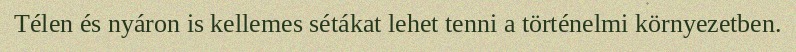
Télen és nyáron is kellemes sétákat lehet tenni a történelmi környezetben.